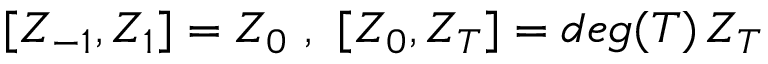
[ Z _ { - 1 } , Z _ { 1 } ] = Z _ { 0 } \ , \ [ Z _ { 0 } , Z _ { T } ] = d e g ( T ) \, Z _ { T } \,